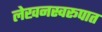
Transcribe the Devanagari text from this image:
लेखनस्वरूपात